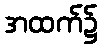
အထက်၌